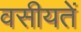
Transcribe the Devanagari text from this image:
वसीयतें